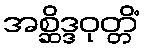
အစ္ဆိဒ္ဒဝုတ္တိံ